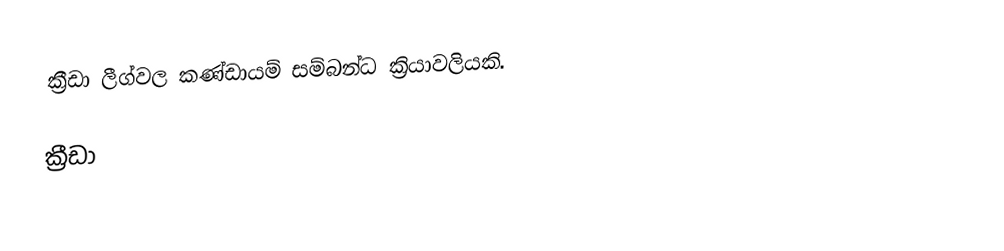
ක්‍රීඩා ලීග්වල කණ්ඩායම් සම්බන්ධ ක්‍රියාවලියකි.

ක්‍රීඩා